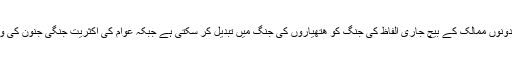
کوئی بھی جذباتی فیصلہ اور قدم دونوں ممالک کے بیچ جاری الفاظ کی جنگ کو ھتھیاروں کی جنگ میں تبدیل کر سکتی ہے جبکہ عوام کی اکثریت جنگی جنون کی وجہ سے فکرمند اور پریشان ھیں۔